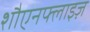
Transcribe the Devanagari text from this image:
शौएनफ्लाइज़